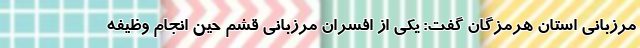
مرزبانی استان هرمزگان گفت: یکی از افسران مرزبانی قشم حین انجام وظیفه